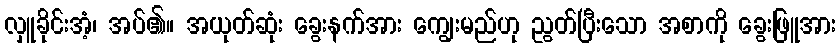
လှူခိုင်းအံ့၊ အပ်၏။ အယုတ်ဆုံး ခွေးနက်အား ကျွေးမည်ဟု ညွတ်ပြီးသော အစာကို ခွေးဖြူအား